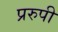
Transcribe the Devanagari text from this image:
प्ररुपी